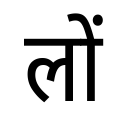
OCR:
लों